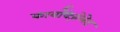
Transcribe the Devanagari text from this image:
कार्बॉक्ज़ेलेट